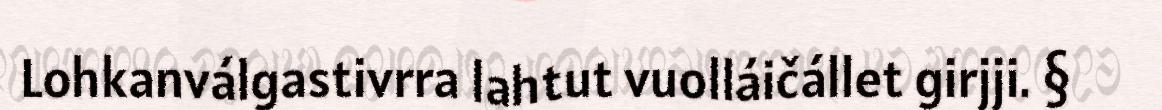
Lohkanválgastivrra lahtut vuolláičállet girjji. §